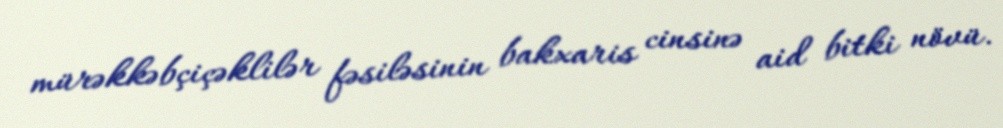
mürəkkəbçiçəklilər fəsiləsinin bakxaris cinsinə aid bitki növü.